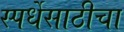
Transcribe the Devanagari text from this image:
स्पर्धेसाठीचा